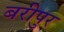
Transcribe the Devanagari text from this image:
बरीपुर